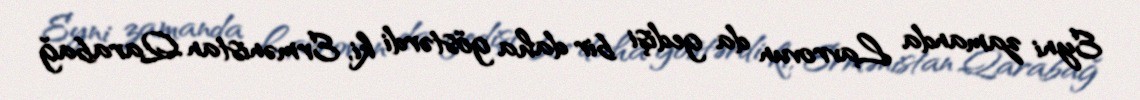
Eyni zamanda Lavrovun da gedişi bir daha göstərdi ki, Ermənistan Qarabağ